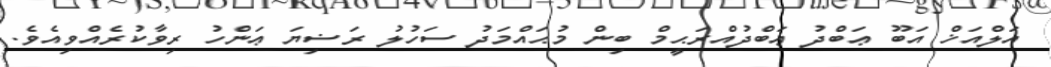
އަލްއަޚް އަބޫ ޢަބްދު ޢަބްދުއްރަޙީމް ބިން މުޙައްމަދު ސަހުލު ރަޟިޔަ ޢަންހު ރިވާކުރެއްވިއެވެ.